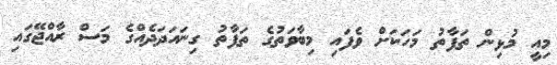
މިއީ މުޅިން ތަފާތު މަހަކަށް ވެފައި މިބާވަތުގެ ތަފާތު ގިނައަދަދެއްގެ މަސް ރާއްޖޭގައި